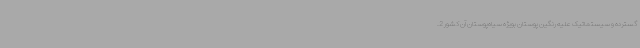
گسترده و سیستماتیک علیه رنگین پوستان بویژه سیاه‌پوستان آن کشور 2.